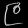
Digit: ၉